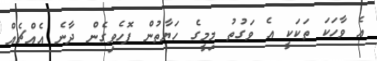
އެ ވާހަކަ ތަކަކީ އެ ވަގުތު މިމީގެ ހަޔާތުން ފޮހެވިގެން ދާނެ އެއްޗެއް